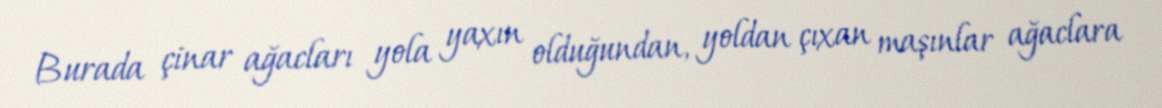
Burada çinar ağacları yola yaxın olduğundan, yoldan çıxan maşınlar ağaclara